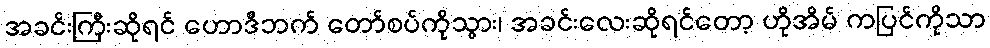
အခင်းကြီးဆိုရင် ဟောဒီဘက် တော်စပ်ကိုသွား၊ အခင်းလေးဆိုရင်တော့ ဟိုအိမ် ကပြင်ကိုသာ